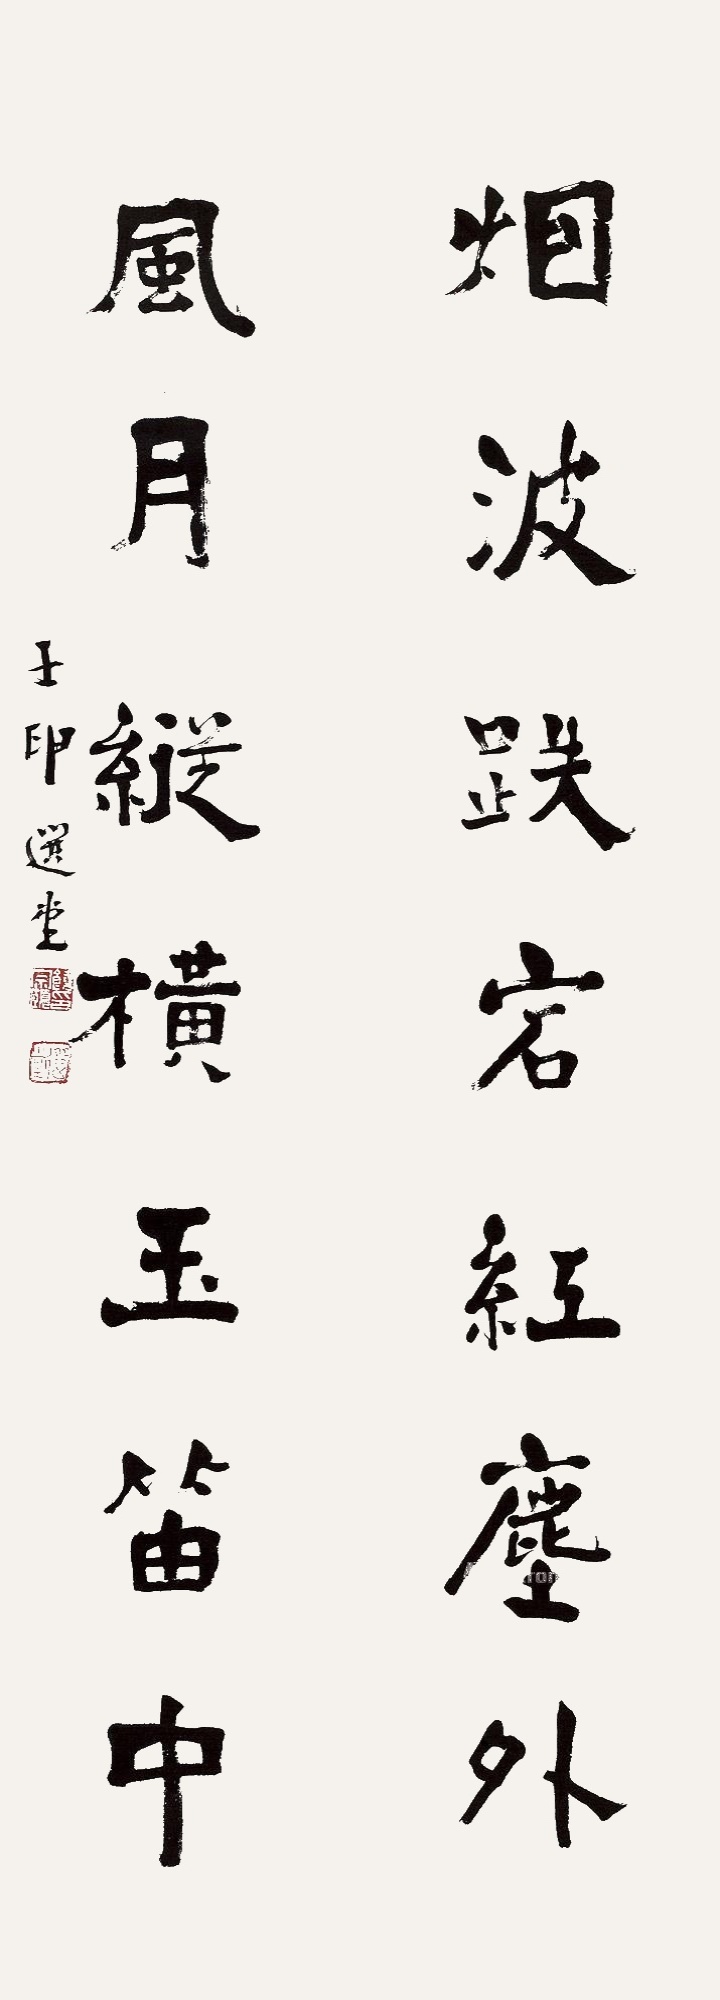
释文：烟波跌宕红尘外，风月纵横玉笛中。壬申选堂。